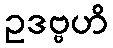
ဥဒဗ္ဗဟိ